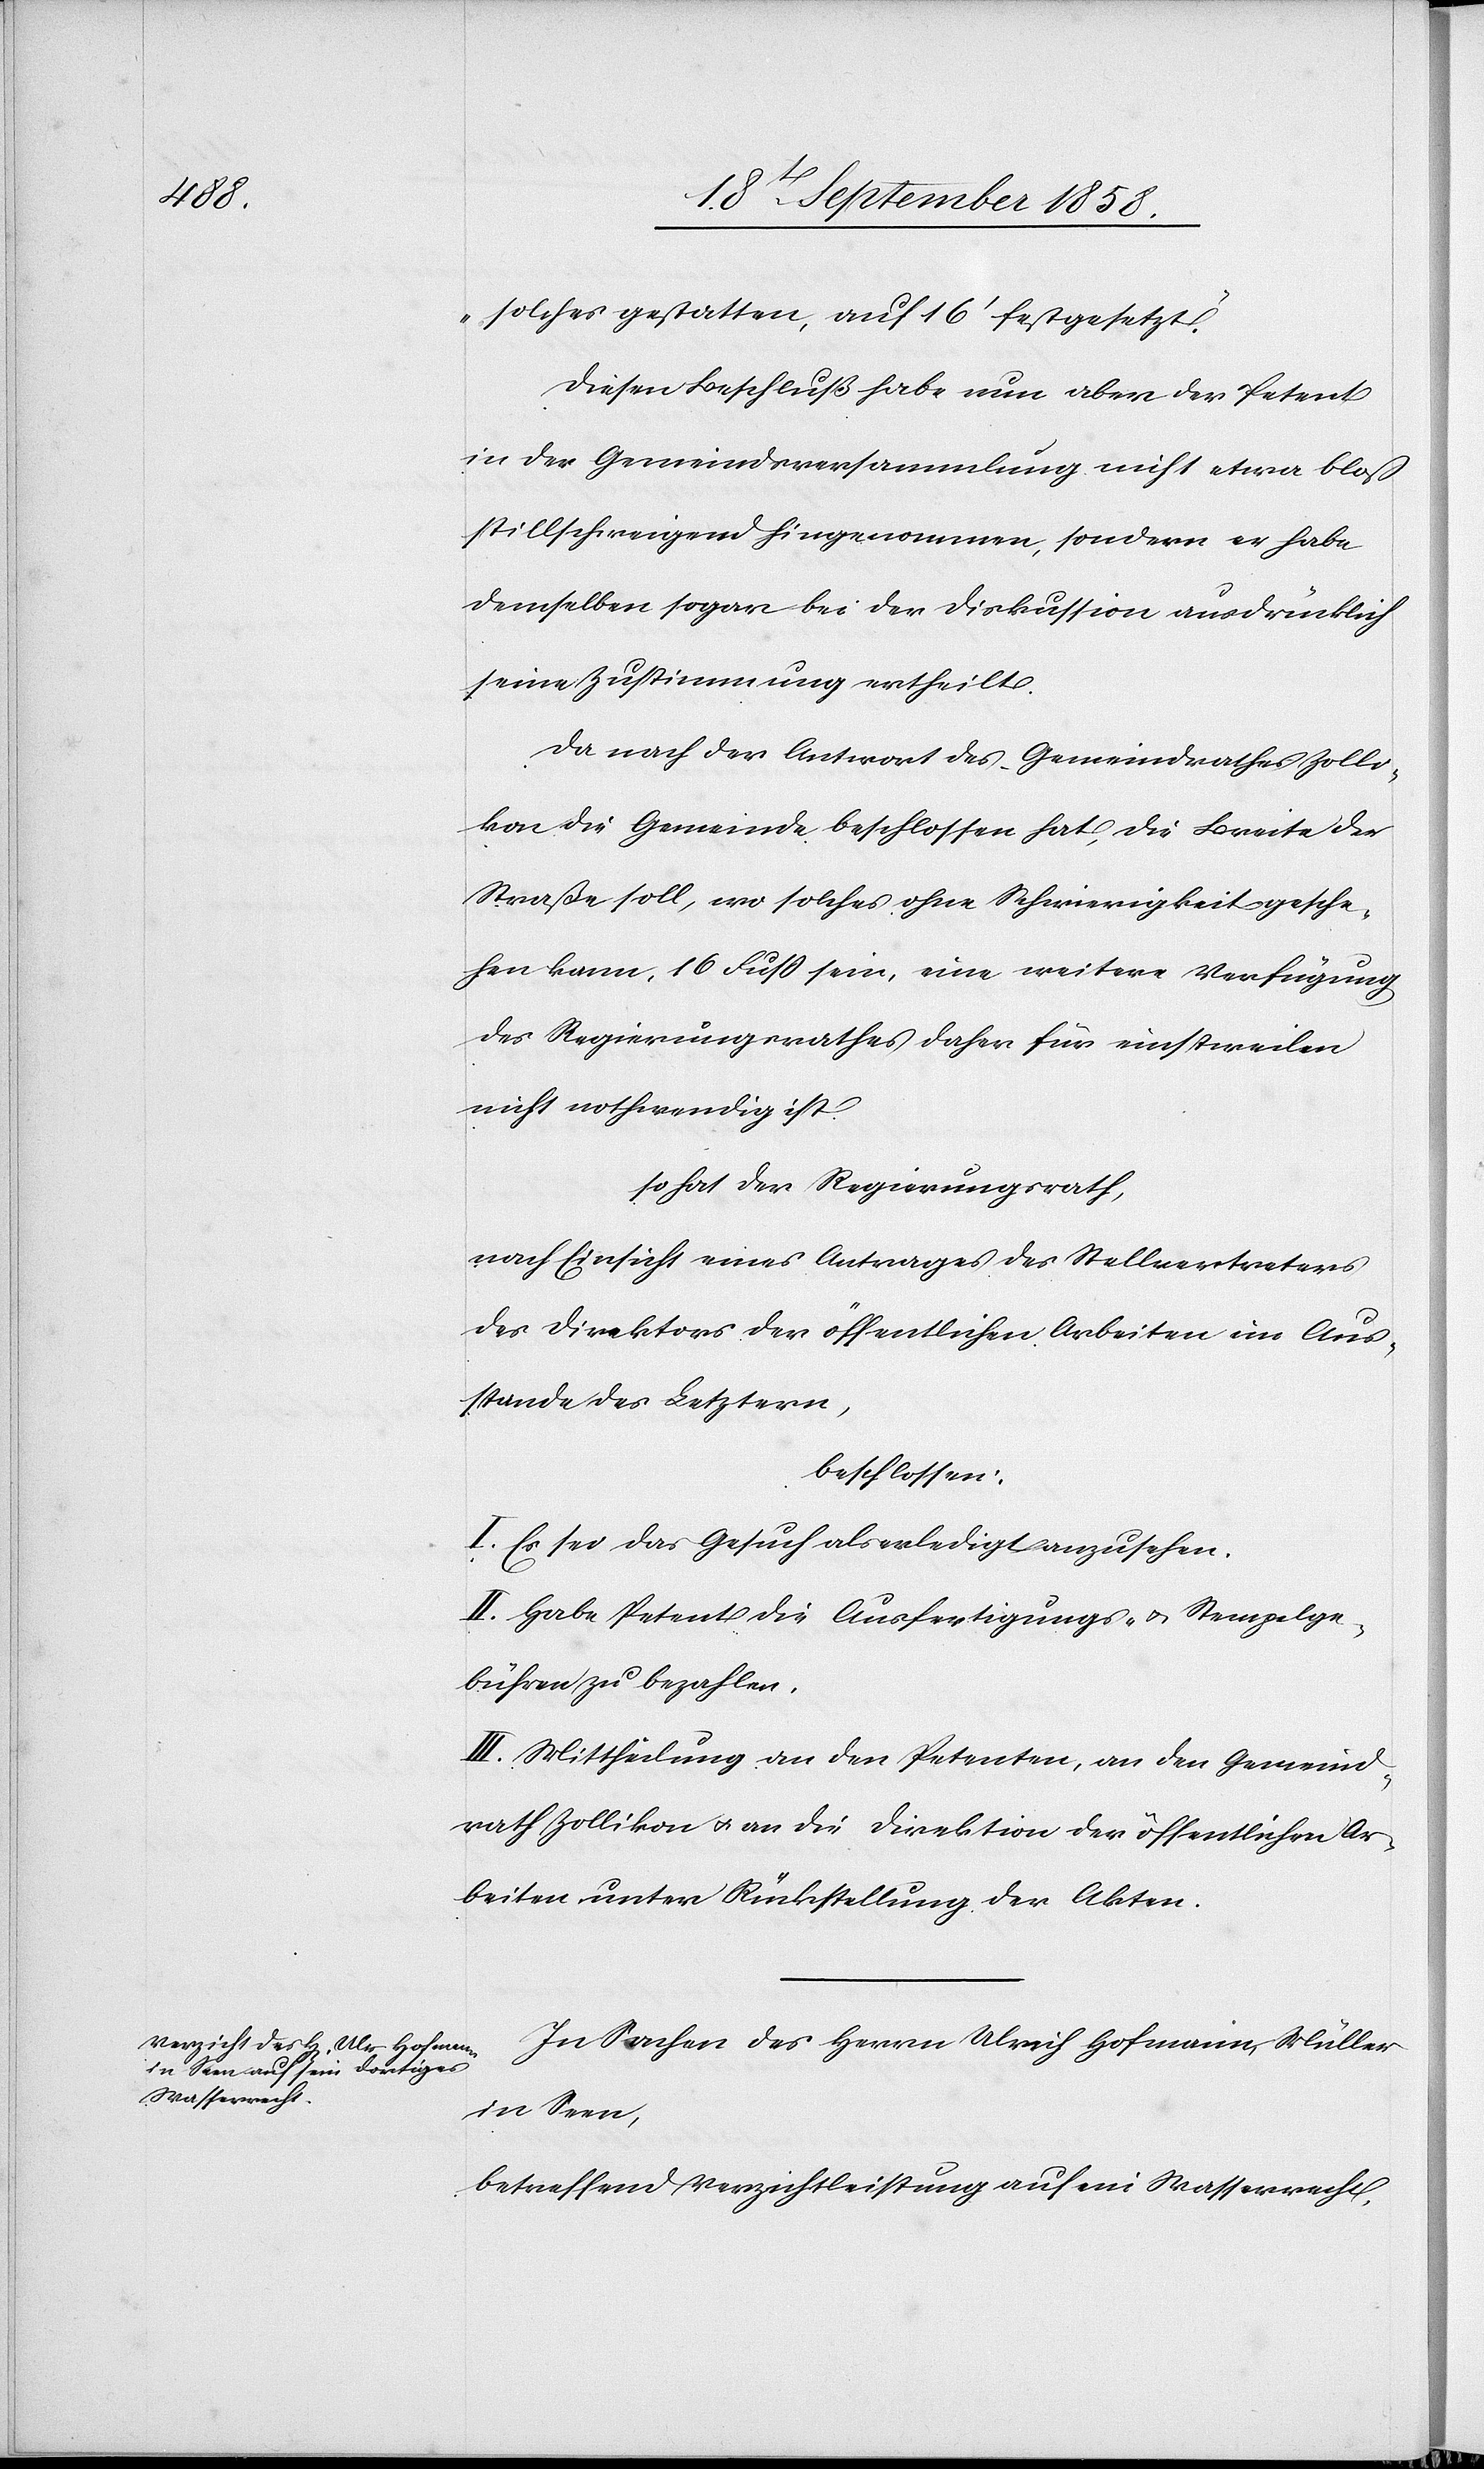
solches gestatten, auf 16‘ festgesetzt.“
Diesen Beschluß habe nun aber der Petent
in der Gemeindsversammlung nicht etwa bloß
stillschweigend hingenommen, sondern er habe
demselben sogar bei der Diskussion ausdrücklich
seine Zustimmung ertheilt.
Da nach der Antwort des Gemeindrathes Zolli¬
kon die Gemeinde beschlossen hat, die Breite der
Straße soll, wo solches ohne Schwierigkeit gesche¬
hen kann, 16 Fuss sein, eine weitere Verfügung
des Regierungsrathes daher für einstweilen
nicht nothwendig ist,
so hat der Regierungsrath,
nach Einsicht eines Antrages des Stellvertreters
des Direktors der öffentlichen Arbeiten im Aus¬
stande des Letztern,
beschlossen:
I. Es sei das Gesuch als erledigt anzusehen.
II. Habe Petent die Ausfertigungs- & Stempelge¬
bühren zu bezahlen.
III. Mittheilung an den Petenten, an den Gemeind¬
rath Zollikon & an die Direktion der öffentlichen Ar¬
beiten unter Rückstellung der Akten.
In Sachen des Herrn Ulrich Hofmann, Müller
in Seen,
betreffend Verzichtleistung auf ein Wasserrecht,